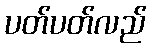
ပတ်ပတ်လည်